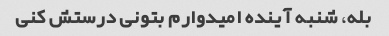
بله، شنبه آینده امیدوارم بتونی درستش کنی